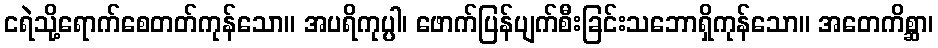
ငရဲသို့ရောက်စေတတ်ကုန်သော။ အပရိကုပ္ပါ၊ ဖောက်ပြန်ပျက်စီးခြင်းသဘောရှိကုန်သော။ အတေကိစ္ဆာ၊